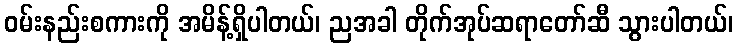
ဝမ်းနည်းစကားကို အမိန့်ရှိပါတယ်၊ ညအခါ တိုက်အုပ်ဆရာတော်ဆီ သွားပါတယ်၊